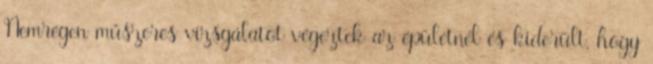
Nemrégen műszeres vizsgálatot végeztek az épületnél és kiderült, hogy